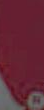
.